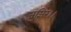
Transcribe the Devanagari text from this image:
जज्ञिर।।